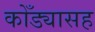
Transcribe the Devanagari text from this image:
कोँड्यासह